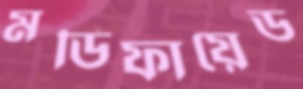
মডিফায়েড